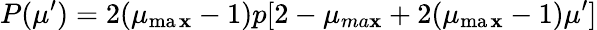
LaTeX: P(\mu^{\prime})=2(\mu_{\operatorname*{ma\mathbf{x}}}-1)p[2-\mu_{ma\mathbf{x}}+2(\mu_{\operatorname*{ma\mathbf{x}}}-1)\mu^{\prime}]